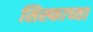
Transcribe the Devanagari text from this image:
सिस्फाच्या